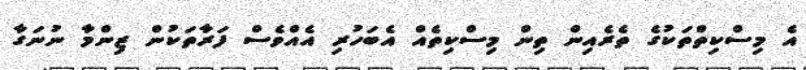
އެ މިސްކިތްތަކުގެ ތެރެއިން ތިން މިސްކިތެއް އެބަހުރި އެއްވެސް ފަރާތަކުން ޒިންމާ ނުނަގާ